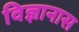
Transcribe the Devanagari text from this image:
विज्ञानास